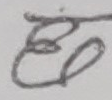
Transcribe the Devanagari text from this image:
छ